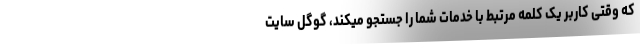
که وقتی کاربر یک کلمه مرتبط با خدمات شما را جستجو میکند، گوگل سایت